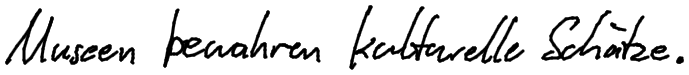
Museen bewahren kulturelle Schätze.